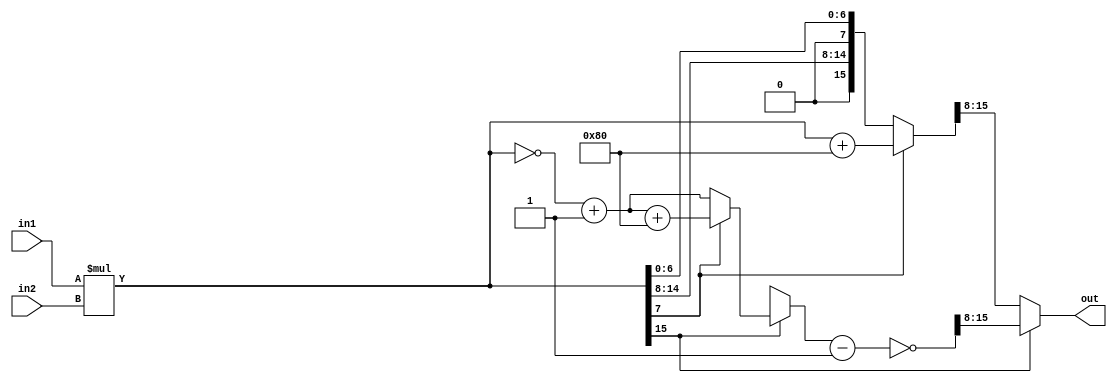
module fixedpoint_s(
    input  [7:0] in1, // signed integer[7:4], decimal[3:0]
    input  [7:0] in2, // signed integer[7:4], decimal[3:0]
    output reg  [7:0] out // 8 bit signed integer[7:0]
);

reg [15:0]temp;
reg [15:0]inv_temp;
//
always@(*)begin
   temp = $signed(in1)*$signed(in2);
   //out = temp[15:8];                             
   if(temp[15]==1'b1)begin
       inv_temp = ~temp;
       inv_temp = inv_temp + 16'd1;
       if(temp[7]==1'b1)
           inv_temp =  inv_temp + 16'h0080; 
       inv_temp = inv_temp -16'd1;
       temp = ~inv_temp;
       out = temp[15:8];  
   end
   
        else begin
            if(temp[7]==1'b1)
                temp =  temp + 16'h0080;
                inv_temp = 16'd0;
            out = temp[15:8];       
        end 
        
   end
   
endmodule